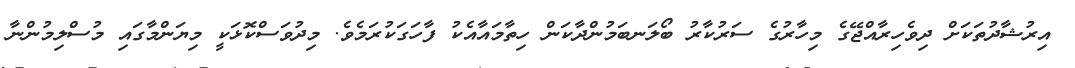
އިރުޝާދުތަކަށް ދިވެހިރާއްޖޭގެ މިހާރުގެ ސަރުކާރު ބޯލަނބަމުންދާކަން ހިތާމައާއެކު ފާހަގަކުރަމެވެ. މިދުވަސްކޮޅަކީ މިޔަންމާގައި މުސްލިމުންނާ